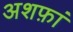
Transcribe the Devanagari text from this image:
अशफ़ां